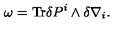
\omega = \mathrm { T r } \delta P ^ { i } \wedge \delta \nabla _ { i } .